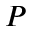
P